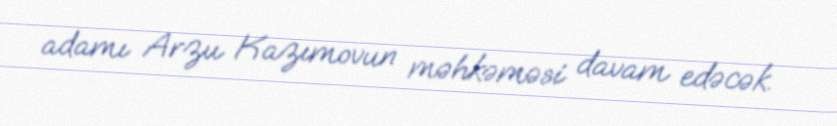
adamı Arzu Kazımovun məhkəməsi davam edəcək.